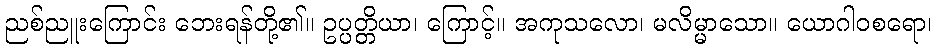
ညစ်ညူးကြောင်း ဘေးရန်တို့၏။ ဥပ္ပတ္တိယာ၊ ကြောင့်။ အကုသလော၊ မလိမ္မာသော။ ယောဂါဝစရော၊